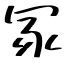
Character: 冢